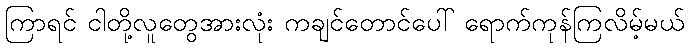
ကြာရင် ငါတို့လူတွေအားလုံး ကချင်တောင်ပေါ် ရောက်ကုန်ကြလိမ့်မယ်